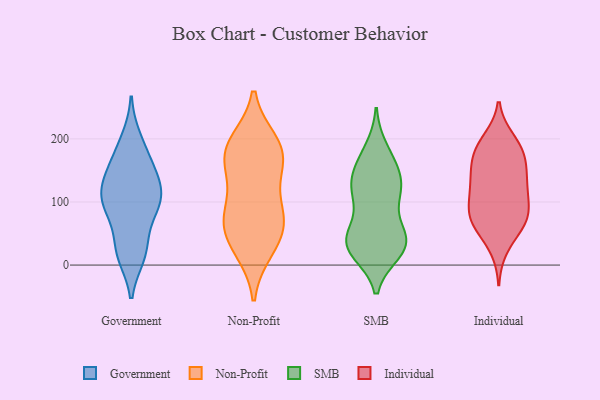
{"axis": {"x": "Temperature (°C)", "y": "Value"}, "legend": ["Government", "Individual", "Non-Profit", "SMB"], "data": [{"x": "", "y": 91, "type": "Government"}, {"x": "", "y": 99, "type": "Government"}, {"x": "", "y": 124, "type": "Government"}, {"x": "", "y": 22, "type": "Government"}, {"x": "", "y": 101, "type": "Government"}, {"x": "", "y": 173, "type": "Government"}, {"x": "", "y": 121, "type": "Government"}, {"x": "", "y": 85, "type": "Government"}, {"x": "", "y": 28, "type": "Government"}, {"x": "", "y": 139, "type": "Government"}, {"x": "", "y": 157, "type": "Government"}, {"x": "", "y": 16, "type": "Government"}, {"x": "", "y": 199, "type": "Government"}, {"x": "", "y": 24, "type": "Non-Profit"}, {"x": "", "y": 59, "type": "Non-Profit"}, {"x": "", "y": 191, "type": "Non-Profit"}, {"x": "", "y": 30, "type": "Non-Profit"}, {"x": "", "y": 161, "type": "Non-Profit"}, {"x": "", "y": 87, "type": "Non-Profit"}, {"x": "", "y": 70, "type": "Non-Profit"}, {"x": "", "y": 98, "type": "Non-Profit"}, {"x": "", "y": 167, "type": "Non-Profit"}, {"x": "", "y": 195, "type": "Non-Profit"}, {"x": "", "y": 186, "type": "Non-Profit"}, {"x": "", "y": 63, "type": "Non-Profit"}, {"x": "", "y": 151, "type": "Non-Profit"}, {"x": "", "y": 47, "type": "SMB"}, {"x": "", "y": 42, "type": "SMB"}, {"x": "", "y": 85, "type": "SMB"}, {"x": "", "y": 28, "type": "SMB"}, {"x": "", "y": 168, "type": "SMB"}, {"x": "", "y": 25, "type": "SMB"}, {"x": "", "y": 132, "type": "SMB"}, {"x": "", "y": 112, "type": "SMB"}, {"x": "", "y": 43, "type": "SMB"}, {"x": "", "y": 41, "type": "SMB"}, {"x": "", "y": 128, "type": "SMB"}, {"x": "", "y": 183, "type": "SMB"}, {"x": "", "y": 25, "type": "SMB"}, {"x": "", "y": 36, "type": "SMB"}, {"x": "", "y": 126, "type": "SMB"}, {"x": "", "y": 135, "type": "SMB"}, {"x": "", "y": 165, "type": "SMB"}, {"x": "", "y": 114, "type": "SMB"}, {"x": "", "y": 21, "type": "SMB"}, {"x": "", "y": 120, "type": "Individual"}, {"x": "", "y": 198, "type": "Individual"}, {"x": "", "y": 62, "type": "Individual"}, {"x": "", "y": 182, "type": "Individual"}, {"x": "", "y": 130, "type": "Individual"}, {"x": "", "y": 89, "type": "Individual"}, {"x": "", "y": 176, "type": "Individual"}, {"x": "", "y": 156, "type": "Individual"}, {"x": "", "y": 127, "type": "Individual"}, {"x": "", "y": 60, "type": "Individual"}, {"x": "", "y": 120, "type": "Individual"}, {"x": "", "y": 194, "type": "Individual"}, {"x": "", "y": 172, "type": "Individual"}, {"x": "", "y": 90, "type": "Individual"}, {"x": "", "y": 77, "type": "Individual"}, {"x": "", "y": 28, "type": "Individual"}, {"x": "", "y": 72, "type": "Individual"}, {"x": "", "y": 150, "type": "Individual"}, {"x": "", "y": 77, "type": "Individual"}]}